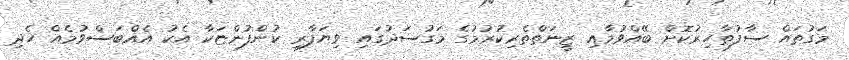
މަގުތައް ސާފުތާހިރުކޮށް ބޭއްވުމާއި ޒީނަތްތެރިކުރުމުގެ މަގުސަދުގައި ވިޔަފާރި ކުންފުންޏަކާ އެކު އެއްބަސްވުމެއް ހެދި